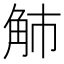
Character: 𧢿